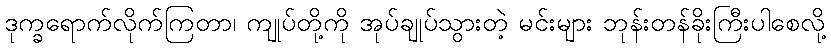
ဒုက္ခရောက်လိုက်ကြတာ၊ ကျုပ်တို့ကို အုပ်ချုပ်သွားတဲ့ မင်းများ ဘုန်းတန်ခိုးကြီးပါစေလို့